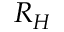
R _ { H }